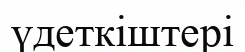
үдеткіштері